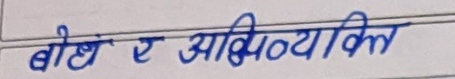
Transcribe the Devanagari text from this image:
बोध र अभिव्यक्ति